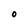
Character: O